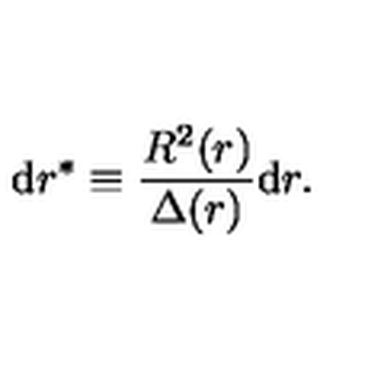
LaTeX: \mathrm { d } r ^ { * } \equiv \frac { R ^ { 2 } ( r ) } { \Delta ( r ) } \mathrm { d } r .